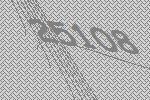
25108